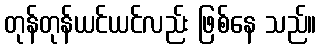
တုန်တုန်ယင်ယင်လည်း ဖြစ်နေ သည်။